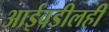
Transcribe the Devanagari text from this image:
आईवडीलही